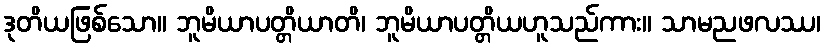
ဒုတိယဖြစ်သော။ ဘူမိယာပတ္တိယာတိ၊ ဘူမိယာပတ္တိယဟူသည်ကား။ သာမညဖလဿ၊